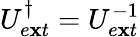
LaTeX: U_{e\mathbf{x}t}^{\dagger}=U_{e\mathbf{x}t}^{-1}